Document type: bank_statement
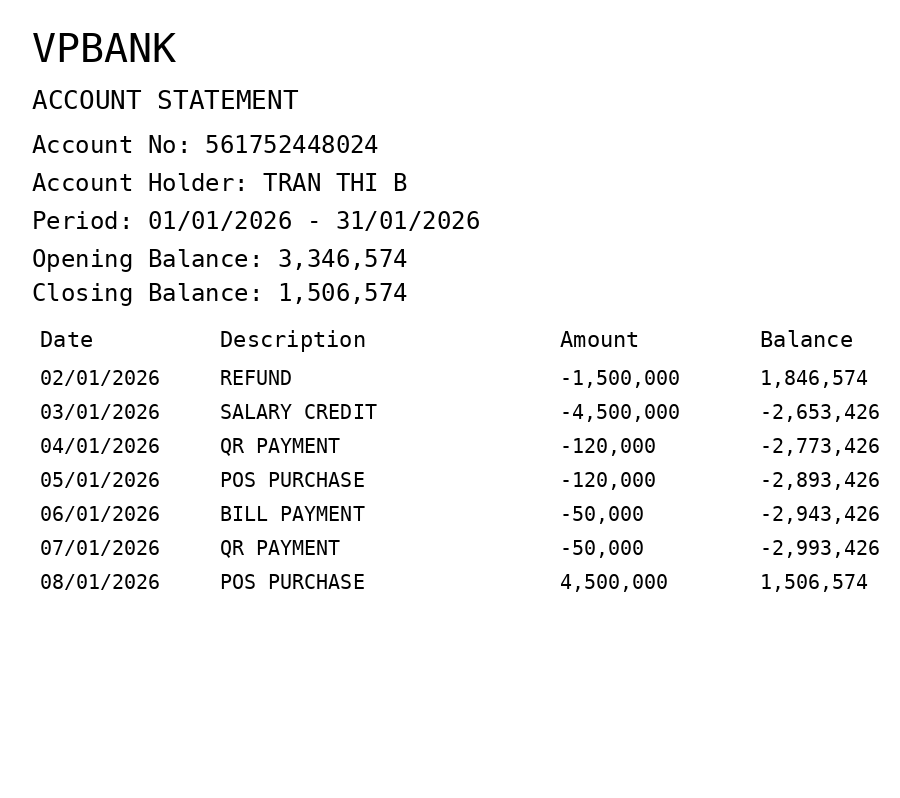
OCR transcript:
VPBANK
ACCOUNT STATEMENT
Account No: 561752448024
Account Holder: TRAN THI B
Period: 01/01/2026 - 31/01/2026
Opening Balance: 3,346,574
Closing Balance: 1,506,574
Date
Description
Amount
Balance
02/01/2026
REFUND
-1,500,000
1,846,574
03/01/2026
SALARY CREDIT
-4,500,000
-2,653,426
04/01/2026
QR PAYMENT
-120,000
-2,773,426
05/01/2026
POS PURCHASE
-120,000
-2,893,426
06/01/2026
BILL PAYMENT
-50,000
-2,943,426
07/01/2026
QR PAYMENT
-50,000
-2,993,426
08/01/2026
POS PURCHASE
4,500,000
1,506,574
Extracted fields:
bank_name: vpbank
account_number: 561752448024
account_holder: tran thi b
statement_period: 01/01/2026 - 31/01/2026
opening_balance: 3346574
closing_balance: 1506574
transactions: date: 2026-01-02
description: refund
amount: -1500000
balance: 1846574
date: 2026-01-03
description: salary credit
amount: -4500000
balance: -2653426
date: 2026-01-04
description: qr payment
amount: -120000
balance: -2773426
date: 2026-01-05
description: pos purchase
amount: -120000
balance: -2893426
date: 2026-01-06
description: bill payment
amount: -50000
balance: -2943426
date: 2026-01-07
description: qr payment
amount: -50000
balance: -2993426
date: 2026-01-08
description: pos purchase
amount: 4500000
balance: 1506574